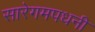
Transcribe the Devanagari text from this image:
सारेगमपधनी